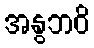
အနွဘဝိ